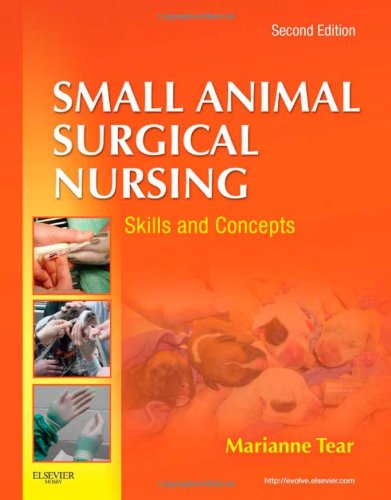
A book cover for Small Animal Surgical Nursing, 2e; Marianne Tear MS  LVT; Medical Books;